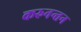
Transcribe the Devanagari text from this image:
करुनन्तन